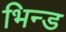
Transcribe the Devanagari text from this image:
भिन्ड